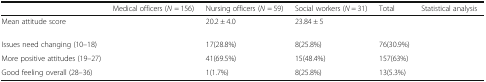
<table><thead><tr><td>[EMPTY_CELL]</td><td><b>Medical officers (<i>N</i> = 156)</b></td><td><b>Nursing officers (<i>N</i> = 59)</b></td><td><b>Social workers (<i>N</i> = 31)</b></td><td><b>Total</b></td><td><b>Statistical analysis</b></td></tr></thead><tbody><tr><td>Mean attitude score</td><td>[EMPTY_CELL]</td><td>20.2 ± 4.0</td><td>23.84 ± 5</td><td>[EMPTY_CELL]</td><td>[EMPTY_CELL]</td></tr><tr><td>Issues need changing (10–18)</td><td>[EMPTY_CELL]</td><td>17(28.8%)</td><td>8(25.8%)</td><td>76(30.9%)</td><td rowspan="3">[EMPTY_CELL]</td></tr><tr><td>More positive attitudes (19–27)</td><td>[EMPTY_CELL]</td><td>41(69.5%)</td><td>15(48.4%)</td><td>157(63%)</td></tr><tr><td>Good feeling overall (28–36)</td><td>[EMPTY_CELL]</td><td>1(1.7%)</td><td>8(25.8%)</td><td>13(5.3%)</td></tr></tbody></table>